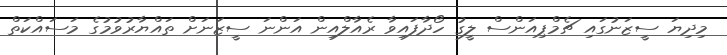
މިދިޔަ ސީޒަނުގައި ޗެމްޕިއަންސް ލީގު ހޯދާފައިވާ ރެއާލްއިން އަންނަ ސީޒަނަށް ތައްޔާރުވުމުގެ މަސައްކަތް